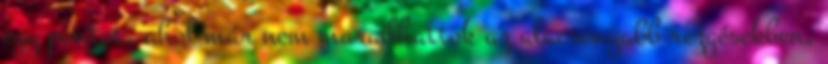
egy pontot, ahol már nem maradhattok az alacsonyabb rezgésekben,